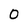
Character: 0